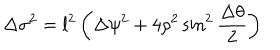
\Delta \sigma ^ { 2 } = l ^ { 2 } \left( \Delta \psi ^ { 2 } + 4 \rho ^ { 2 } \sin ^ { 2 } { \frac { \Delta \theta } { 2 } } \right)